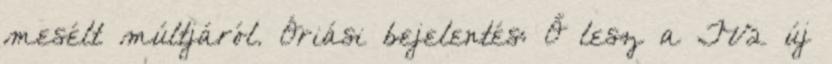
me­sélt múlt­já­ról. Óriási bejelentés: Ő lesz a TV2 új